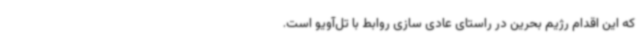
که این اقدام رژیم بحرین در راستای عادی سازی روابط با تل‌آویو است.